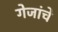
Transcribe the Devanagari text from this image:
गेजांचे